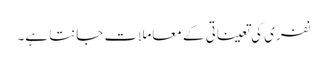
نفری کی تعیناتی کے معاملات جانتا ہے۔